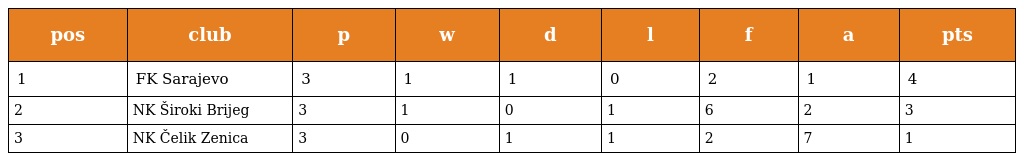
| pos | club | p | w | d | l | f | a | pts |
 | --- | --- | --- | --- | --- | --- | --- | --- | --- |
 | 1 | FK Sarajevo | 3 | 1 | 1 | 0 | 2 | 1 | 4 |
 | 2 | NK Široki Brijeg | 3 | 1 | 0 | 1 | 6 | 2 | 3 |
 | 3 | NK Čelik Zenica | 3 | 0 | 1 | 1 | 2 | 7 | 1 |